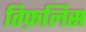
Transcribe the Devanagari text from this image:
तिफ़लिस